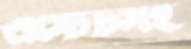
এস্টেটসহ